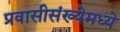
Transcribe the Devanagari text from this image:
प्रवासीसंख्येमध्ये